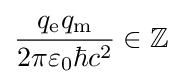
{\frac {q_{\mathrm {e} }q_{\mathrm {m} }}{2\pi \varepsilon _{0}\hbar c^{2}}}\in \mathbb {Z}